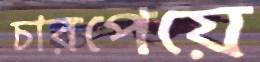
চারপেয়ে